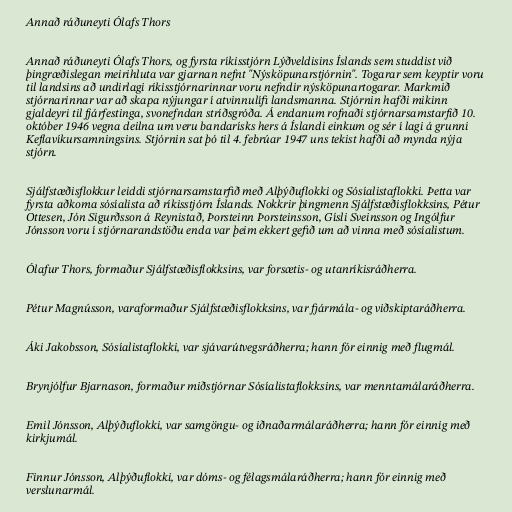
Annað ráðuneyti Ólafs Thors

Annað ráðuneyti Ólafs Thors, og fyrsta ríkisstjórn Lýðveldisins Íslands sem studdist við
þingræðislegan meirihluta var gjarnan nefnt "Nýsköpunarstjórnin". Togarar sem keyptir voru
til landsins að undirlagi ríkisstjórnarinnar voru nefndir nýsköpunartogarar. Markmið
stjórnarinnar var að skapa nýjungar í atvinnulífi landsmanna. Stjórnin hafði mikinn
gjaldeyri til fjárfestinga, svonefndan stríðsgróða. Á endanum rofnaði stjórnarsamstarfið 10.
október 1946 vegna deilna um veru bandarísks hers á Íslandi einkum og sér í lagi á grunni
Keflavíkursamningsins. Stjórnin sat þó til 4. febrúar 1947 uns tekist hafði að mynda nýja
stjórn.

Sjálfstæðisflokkur leiddi stjórnarsamstarfið með Alþýðuflokki og Sósíalistaflokki. Þetta var
fyrsta aðkoma sósíalista að ríkisstjórn Íslands. Nokkrir þingmenn Sjálfstæðisflokksins, Pétur
Ottesen, Jón Sigurðsson á Reynistað, Þorsteinn Þorsteinsson, Gísli Sveinsson og Ingólfur
Jónsson voru í stjórnarandstöðu enda var þeim ekkert gefið um að vinna með sósíalistum.

Ólafur Thors, formaður Sjálfstæðisflokksins, var forsætis- og utanríkisráðherra.

Pétur Magnússon, varaformaður Sjálfstæðisflokksins, var fjármála- og viðskiptaráðherra.

Áki Jakobsson, Sósíalistaflokki, var sjávarútvegsráðherra; hann fór einnig með flugmál.

Brynjólfur Bjarnason, formaður miðstjórnar Sósíalistaflokksins, var menntamálaráðherra.

Emil Jónsson, Alþýðuflokki, var samgöngu- og iðnaðarmálaráðherra; hann fór einnig með
kirkjumál.

Finnur Jónsson, Alþýðuflokki, var dóms- og félagsmálaráðherra; hann fór einnig með
verslunarmál.